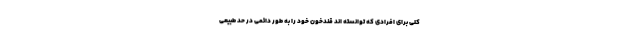
کلی برای افرادی که توانسته اند قندخون خود را به طور دائمی در حد طبیعی